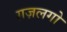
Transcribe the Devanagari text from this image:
ग़ज़लगो